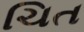
ચિત